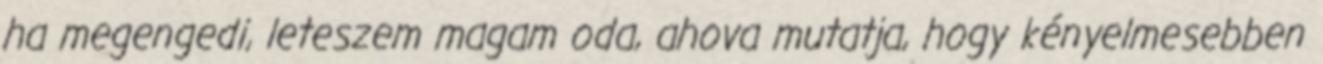
ha megengedi, leteszem magam oda, ahova mutatja, hogy kényelmesebben